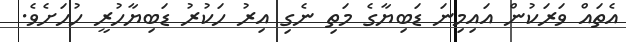
އެތައް ވަރަކުން އައިމިނަ ޑަބިޔާގެ މަތި ނެގި އިރު ހަކުރު ޑަބިޔާހުރީ ހުހަށެވެ.